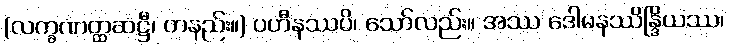
(လက္ခဏတ္ထဆဋ္ဌီ၊ တနည်း။) ပဟီနဿပိ၊ သော်လည်း။ အဿ ဒေါမနဿိန္ဒြိယဿ၊